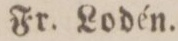
Fr. Lodén.